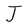
Character: J